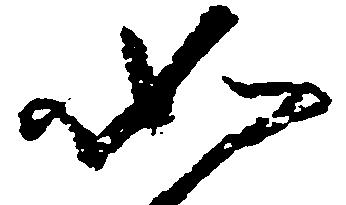
如